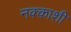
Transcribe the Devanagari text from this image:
नक्क़ाशी